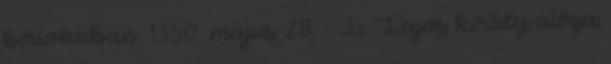
birtokában. 1350. május 28. – I. Lajos király átírja